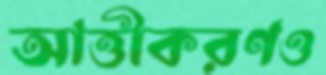
আত্তীকরণও